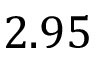
2 . 9 5